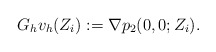
\begin{align*}G_{h}v_{h}(Z_{i}):=\nabla p_{2}(0,0;Z_{i}).\end{align*}